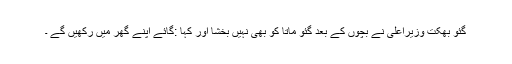
گئو بھکت وزیراعلیٰ نے بچوں کے بعد گئو ماتا کو بھی نہیں بخشا اور کہا :گائے اپنے گھر میں رکھیں گے ۔